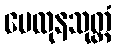
မေထုနသုတ္တံ